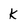
Character: k